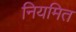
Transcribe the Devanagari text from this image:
नियमित